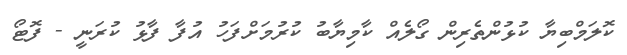
ކޮލަމްބިޔާ ކުޅުންތެރިން ގޯލެއް ކާމިޔާބު ކުރުމަށްފަހު އުފާ ފާޅު ކުރަނީ - ފޮޓޯ